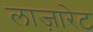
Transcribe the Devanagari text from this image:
लाज़ारेट